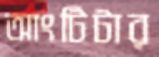
আংটিটার